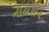
નીલસન